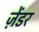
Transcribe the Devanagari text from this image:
ज़ेंडर